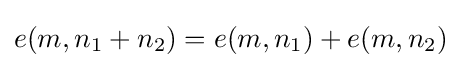
e(m,n_{1}+n_{2})=e(m,n_{1})+e(m,n_{2})